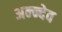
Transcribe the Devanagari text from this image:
अन्न्देव